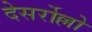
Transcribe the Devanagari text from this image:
देसर्रोल्लो